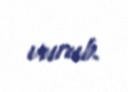
vurub.